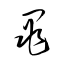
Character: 亀